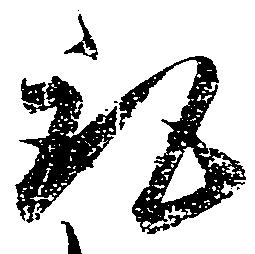
取